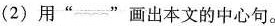
(2)用”==”画出本文的中心句。